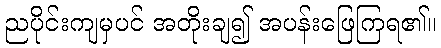
ညပိုင်းကျမှပင် အတိုးချ၍ အပန်းဖြေကြရ၏။